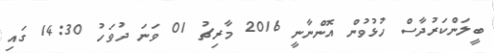
ބީލަންކަރުދާސް ހުޅުވުން އޮންނާނީ 2016 މާރިޗު 01 ވަނަ ދުވަހު 14:30 ގައި